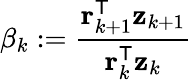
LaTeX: \beta_{k}:={\frac{\mathbf{r}_{k+1}^{\mathsf{T}}\mathbf{z}_{k+1}}{\mathbf{r}_{k}^{\mathsf{T}}\mathbf{z}_{k}}}